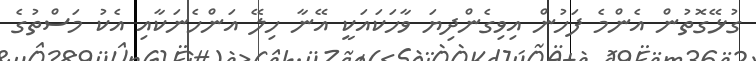
ގުޅޭގޮތުން އެންމެ ފަހުން އިވިގެންދިޔަ ވާހަކައަކީ އޭނާ ހިލޭ އަންހެނަކާއި އެކު މަސްތުގެ